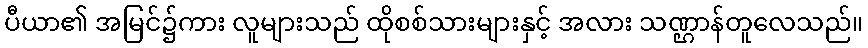
ပီယာ၏ အမြင်၌ကား လူများသည် ထိုစစ်သားများနှင့် အလား သဏ္ဌာန်တူလေသည်။